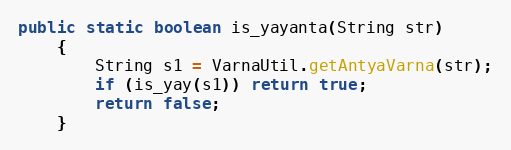
Language: Java
public static boolean is_yayanta(String str)
    {
        String s1 = VarnaUtil.getAntyaVarna(str);
        if (is_yay(s1)) return true;
        return false;
    }